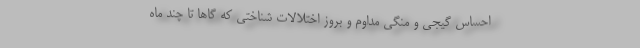
احساس گیجی و منگی مداوم و بروز اختلالات شناختی که گاها تا چند ماه